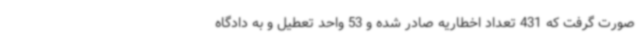
صورت گرفت که 431 تعداد اخطاریه صادر شده و 53 واحد تعطیل و به دادگاه